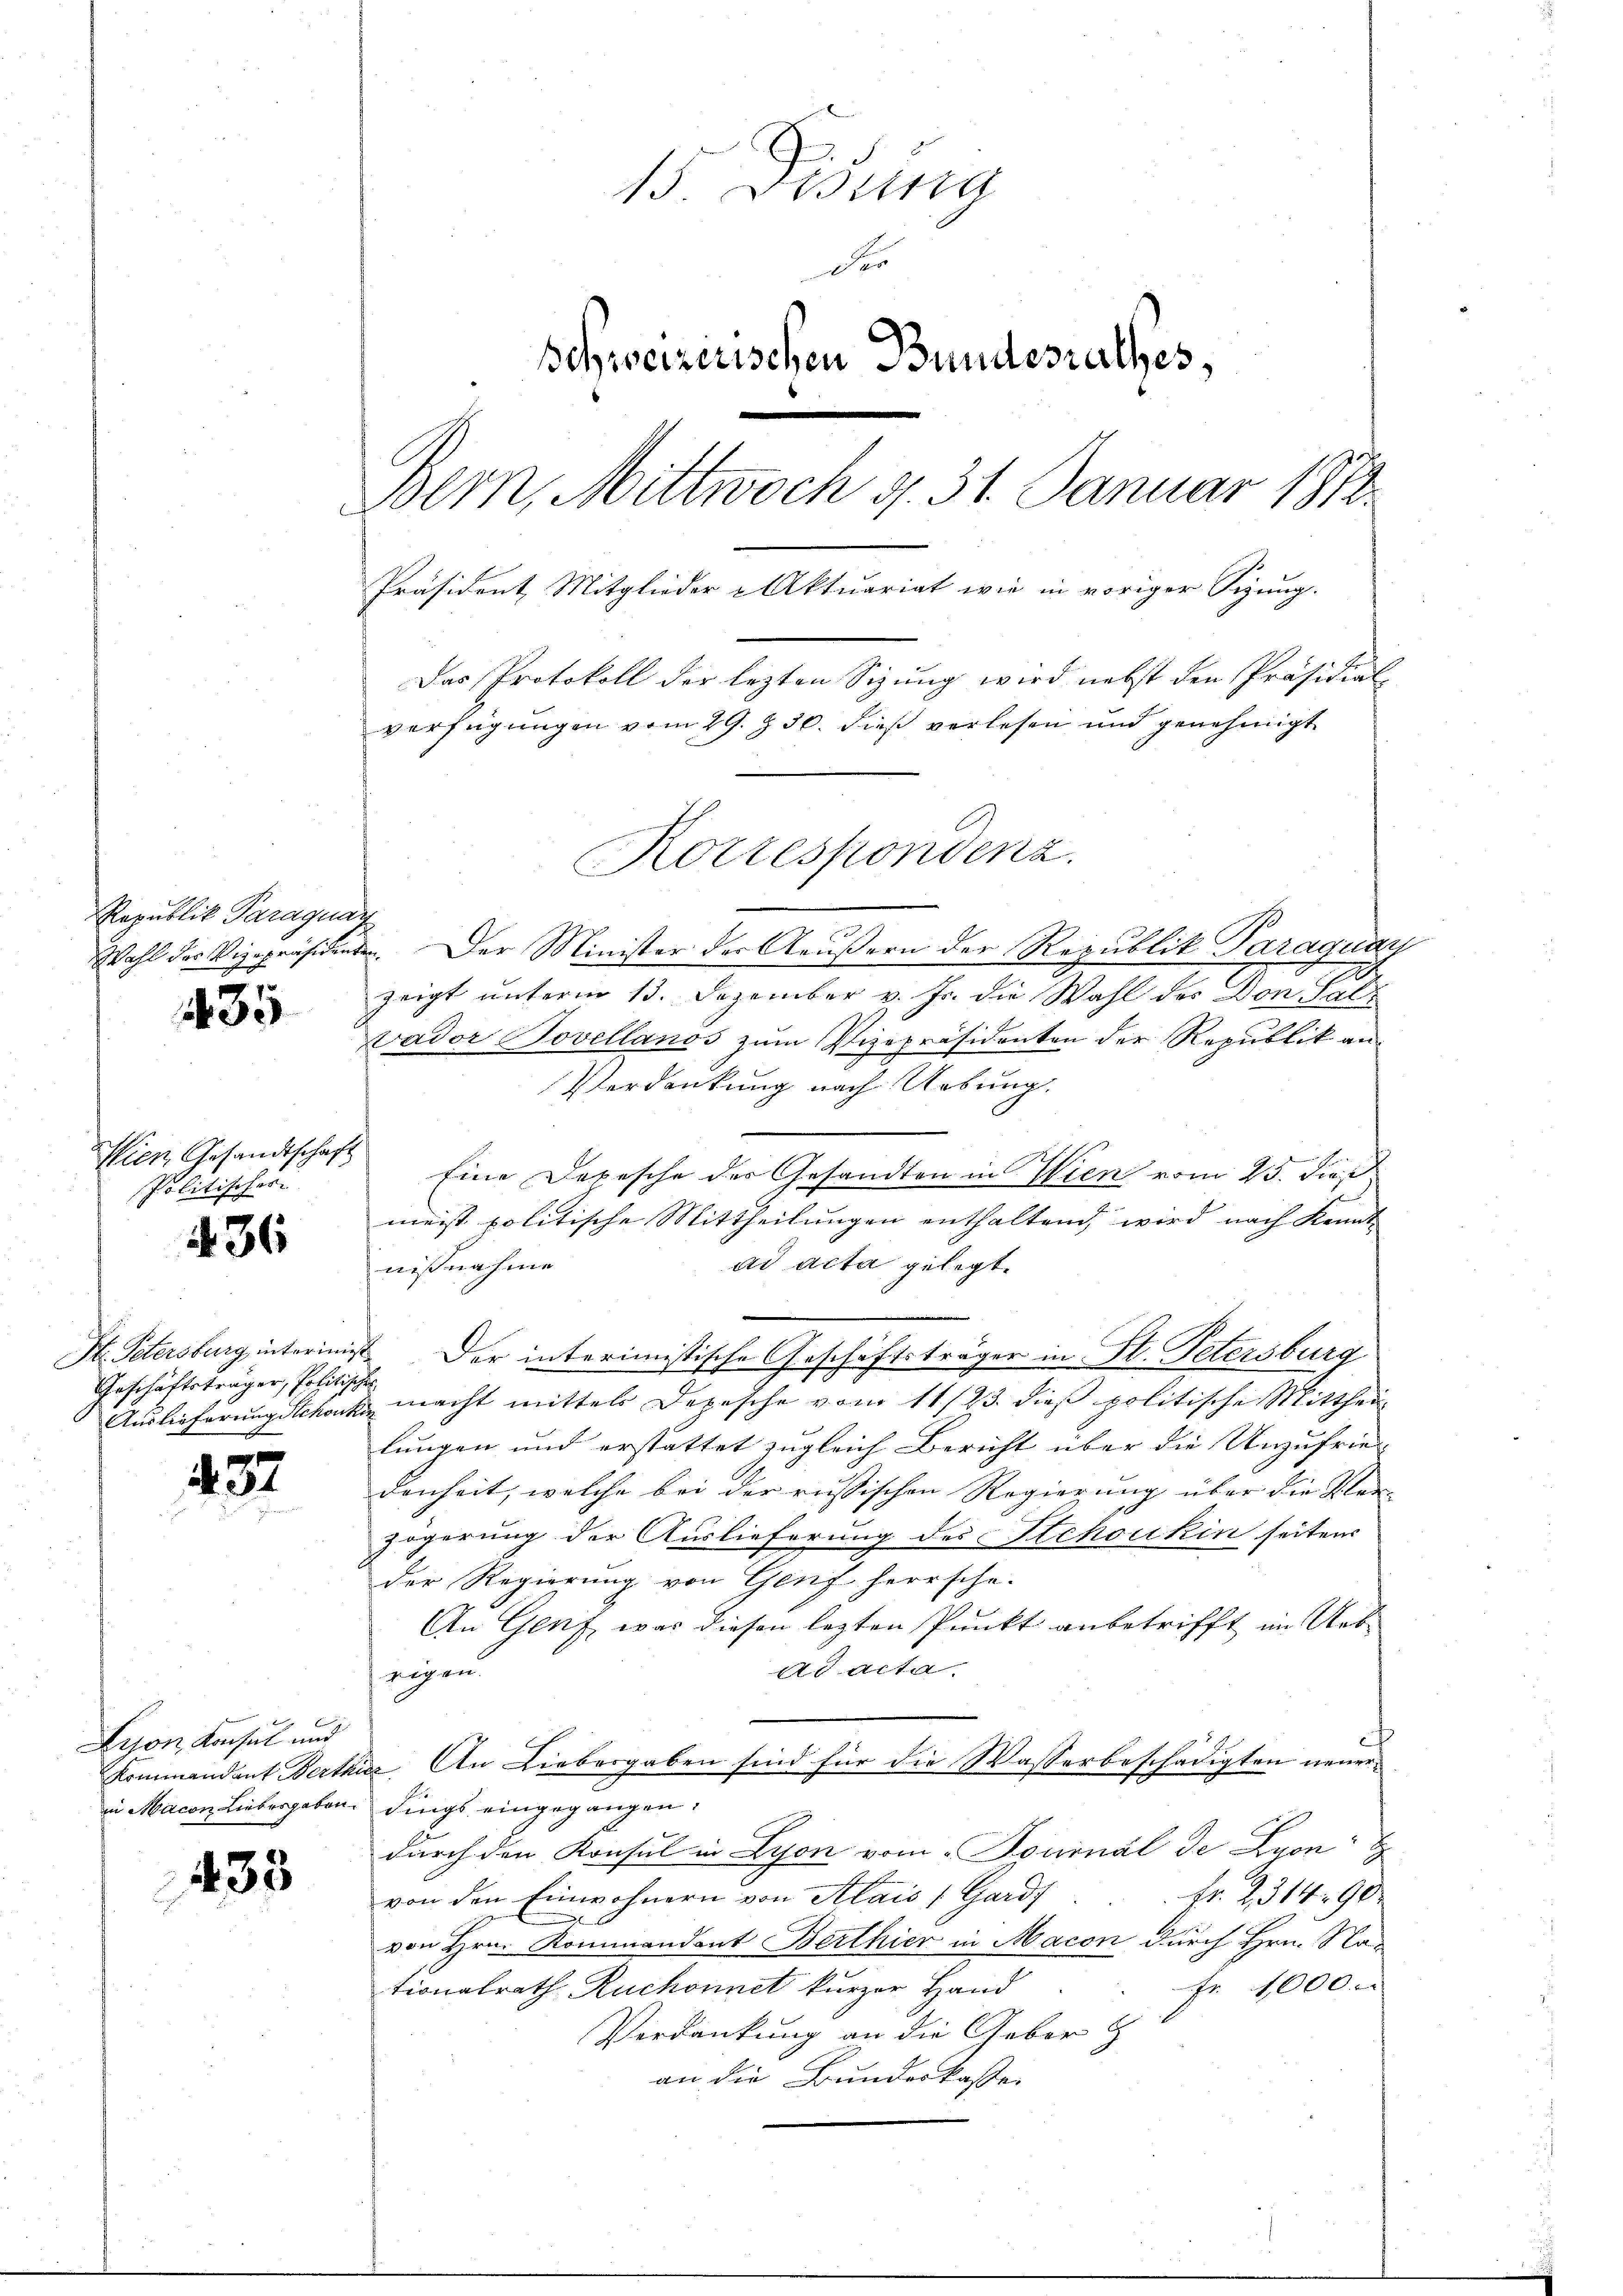
RRepublik Paraguan

35

Wien Gesandtschaft
Politischer

436

St. Petersburg interinigt.
Geschäftsträger, Politische
Auslieferung Stekonk

432

Lison, Konsul und
Kommandant Berthin
in Macon Liebesgaben.

433

15. Disung
Der
Schweizerischen Bundesrathes,
Bern, Mittwoch d. 31. Januar 1872
Präsident, Mitglieder Aktuariat wie in voriger Sigung.
Das Protokoll der lezten Sizung wird nebst den Präsidial-
verfügungen vom 29. § 56. dieß verlesen und genehmigt

Wahl der Vizepräsidenten. Der Minister der Aeußern der Republik Paraguay
zeigt unterm 13. Dezember v. Js. die Wahl des Donne
Vador Bovellands zum Vizepräsidenten der Republik an
Verdankung nach Uebung.
Eine Depesche der Gesandten in Wien vom 25. dieß
meist politische Mittheilungen enthaltend, wird nach Kennt
ad acta gelegt.
nißnahme
. Der interimistische Geschäftsträger in H. Petersburg
.
 macht mittels Depesche vom 11/23. dieß politische Mittheil
lungen und erstattet zugleich Bericht über die Unzufries-
denheit, welche bei der russischen Regierung über die Ver- |
zögerung der Auslieferung des Stehoukin seitens
der Regierung von Genf herrsche-
An Genf, war diesen lezten Punkt anbetrifft im Uebad acta.
zogen.
a. An Liebergaben sind für die Wasserbeschädigten neuerdings eingegangen.
durch den Konsul in Lyon vom „Pournal de Lyon
Fr. 2314. 90.
von den Einwohnern von Alais (Gard
von Hrn. Kommandant Berthier in Macon durch Hrn. Nac
Fr. 1000.
tionalrath Ruchonnet kurzer Hand
Verdankung an die Gebor
an die Bundeskasse

Korrespondenz.